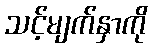
သင့်မျက်နှာကို